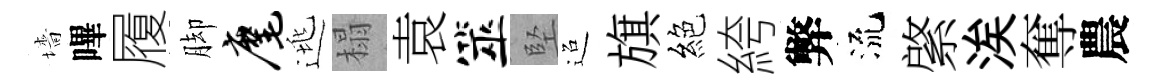
墻嗶履脚麾逃榻袁筮堅迢旗絕絝弊流綮涘奪農